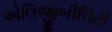
એલિજીબીલિટી